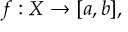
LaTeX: f : X \to [ a , b ] ,